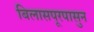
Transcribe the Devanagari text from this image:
बिलासपूरपासुन